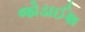
જોડાઈશ